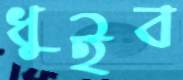
ধুইব